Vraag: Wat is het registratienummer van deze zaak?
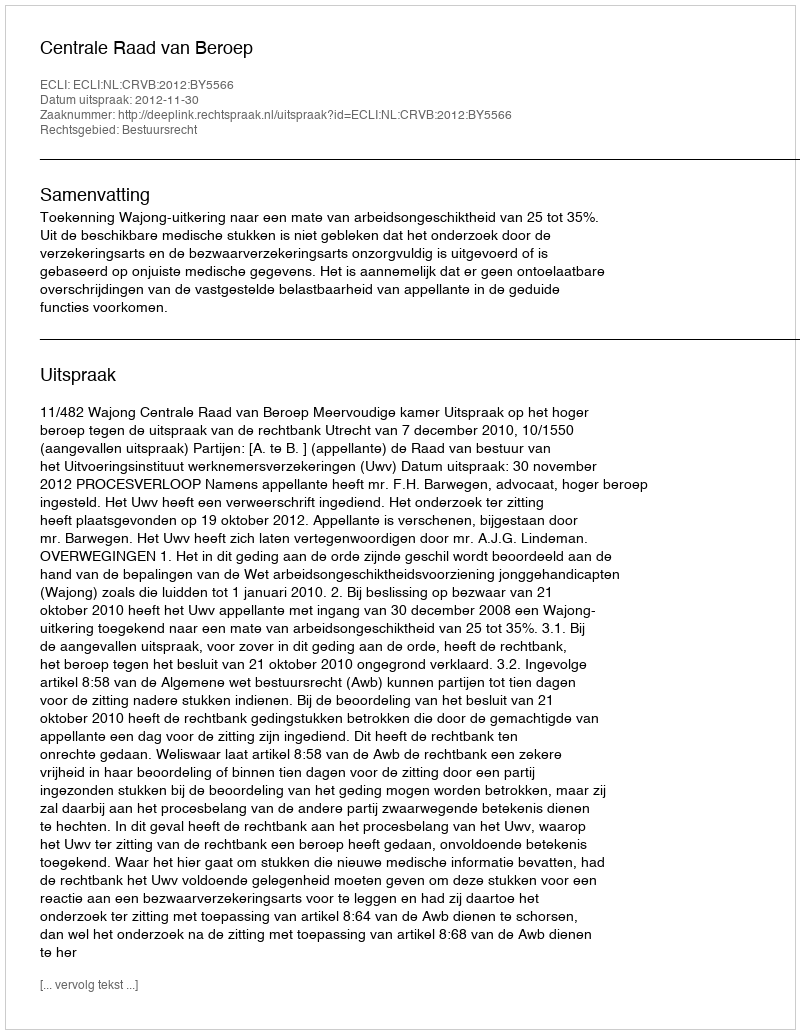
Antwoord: http://deeplink.rechtspraak.nl/uitspraak?id=ECLI:NL:CRVB:2012:BY5566